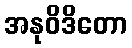
အနုဝိဒိတော